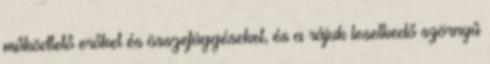
működtető erőket és összefüggéseket, és a rájuk leselkedő szörnyű